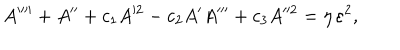
A ^ { \prime \prime \prime \prime } + A ^ { \prime \prime } + { c } _ { 1 } A ^ { 2 } - { c } _ { 2 } A ^ { \prime } A ^ { \prime \prime \prime } + { c } _ { 3 } A ^ { 2 } = \eta \, \varepsilon ^ { 2 } ,